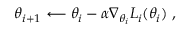
\theta _ { i + 1 } \longleftarrow \theta _ { i } - \alpha \nabla _ { \theta _ { i } } L _ { i } ( \theta _ { i } ) ~ ,